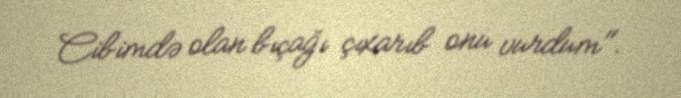
Cibimdə olan bıçağı çıxarıb onu vurdum".